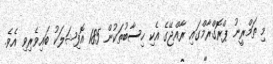
މި ތަމްރީނު ޕްރޮގްރާމްގައި ރާއްޖޭގެ އެކި ހިސާބުތަކުން 185 އޮފިޝަލަކު ބައިވެރިވި އެވެ.